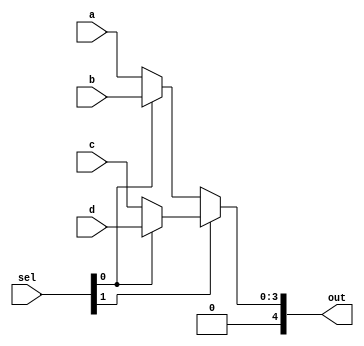
module Mux(a,b,c,d,sel,out); 
input [3:0] a; // inputs with 3:0 bits
input [3:0] b;
input [3:0] c;
input [3:0] d;
input [2:0] sel;
output [4:0] out;
 
 
 
// we assign out according to selector. if sel[1] is 1 then it is eather d or c and it depends on sel[0] is 1 d is selected
// same happens with second. if sel[1] is 0 then b or a is selected if sel[0] is 1 b is selected otherwise a
assign out = sel[1] ? (sel[0] ? d : c):(sel[0] ? b:a);
endmodule